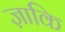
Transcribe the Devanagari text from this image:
ज़ाकि